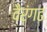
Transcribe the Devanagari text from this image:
वैरंगढ